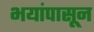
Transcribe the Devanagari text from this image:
भयांपासून